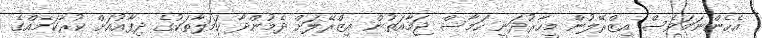
އެހެންނަމަވެސް އިޒްރޭލުން މީހާރުދަނީ ހަމާސް ޖަމާއަތުން އިޒްރޭލަށް ދެމުންދާ ހަމަލާތަކުގެ ދިފާއުއަށް ކުރާކަމެއްގެ